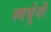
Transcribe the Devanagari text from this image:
स्वर्घुनी